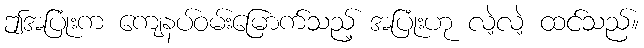
ဤအပြုံးက ကျေနပ်ဝမ်းမြောက်သည့် အပြုံးဟု လဲ့လဲ့ ထင်သည်။